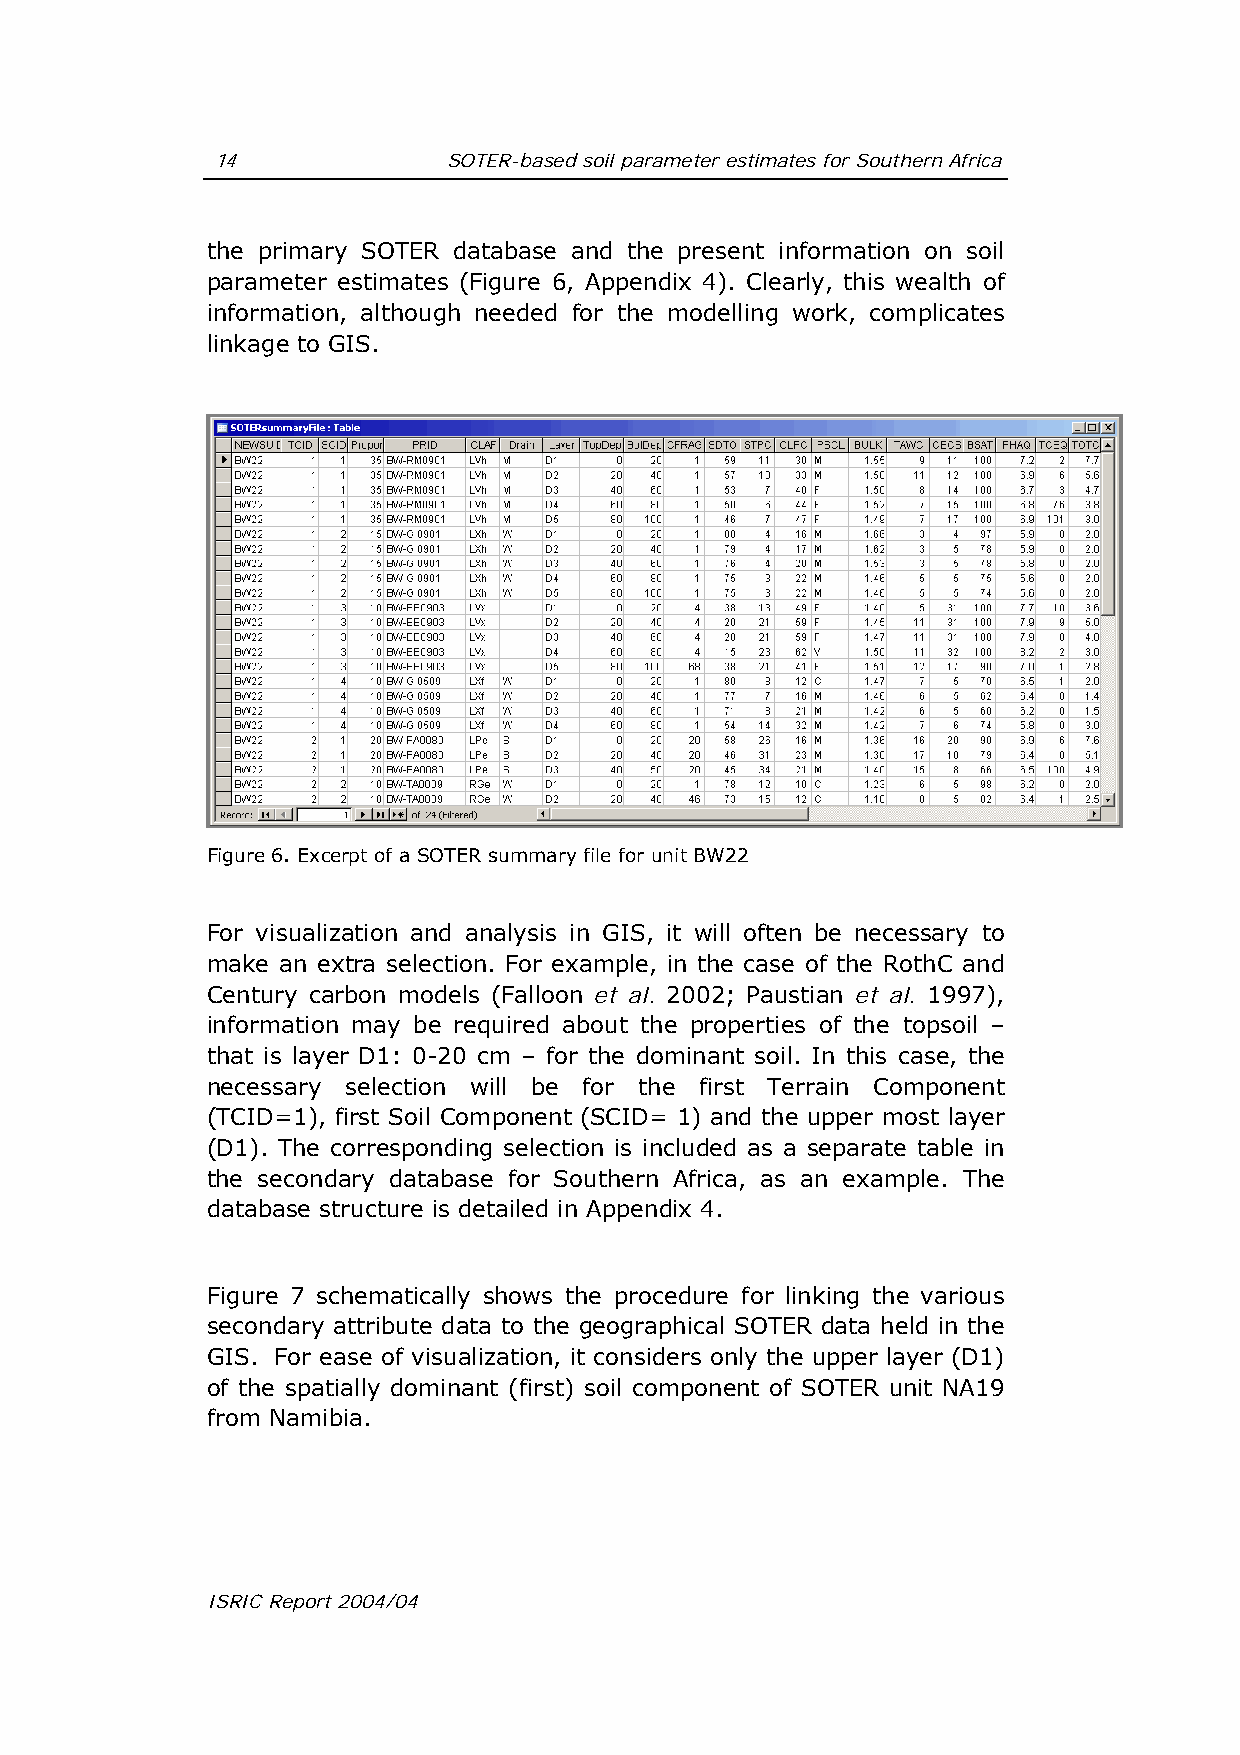
14              SOTER-based soil parameter estimates for Southern Africa
 the primary SOTER database and the present information on soil
 parameter estimates (Figure 6, Appendix 4). Clearly, this wealth of
 information, although needed for the modelling work, complicates
 linkage to GIS.
 Figure 6. Excerpt of a SOTER summary file for unit BW22
 For visualization and analysis in GIS, it will often be necessary to
 make an extra selection. For example, in the case of the RothC and
 Century carbon models (Falloon et al. 2002; Paustian et al. 1997),
 information may be required about the properties of the topsoil –
 that is layer D1: 0-20 cm – for the dominant soil. In this case, the
 necessary selection will be for the first Terrain Component
 (TCID=1), first Soil Component (SCID= 1) and the upper most layer
 (D1). The corresponding selection is included as a separate table in
 the secondary database for Southern Africa, as an example. The
 database structure is detailed in Appendix 4.
 Figure 7 schematically shows the procedure for linking the various
 secondary attribute data to the geographical SOTER data held in the
 GIS. For ease of visualization, it considers only the upper layer (D1)
 of the spatially dominant (first) soil component of SOTER unit NA19
 from Namibia.
 ISRIC Report 2004/04